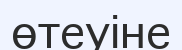
өтеуіне